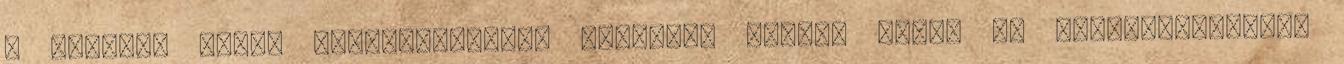
a gépezet hátán felkapaszkodva hírnévre tettek szert é. Letartóztatását